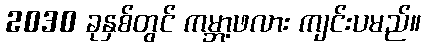
2030 ခုနှစ်တွင် ကမ္ဘာ့ဖလား ကျင်းပမည်။